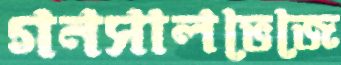
গনসালভেজে